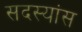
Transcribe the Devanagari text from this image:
सदस्यांस